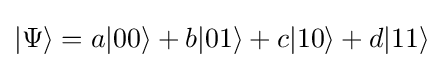
|\Psi \rangle =a|00\rangle +b|01\rangle +c|10\rangle +d|11\rangle